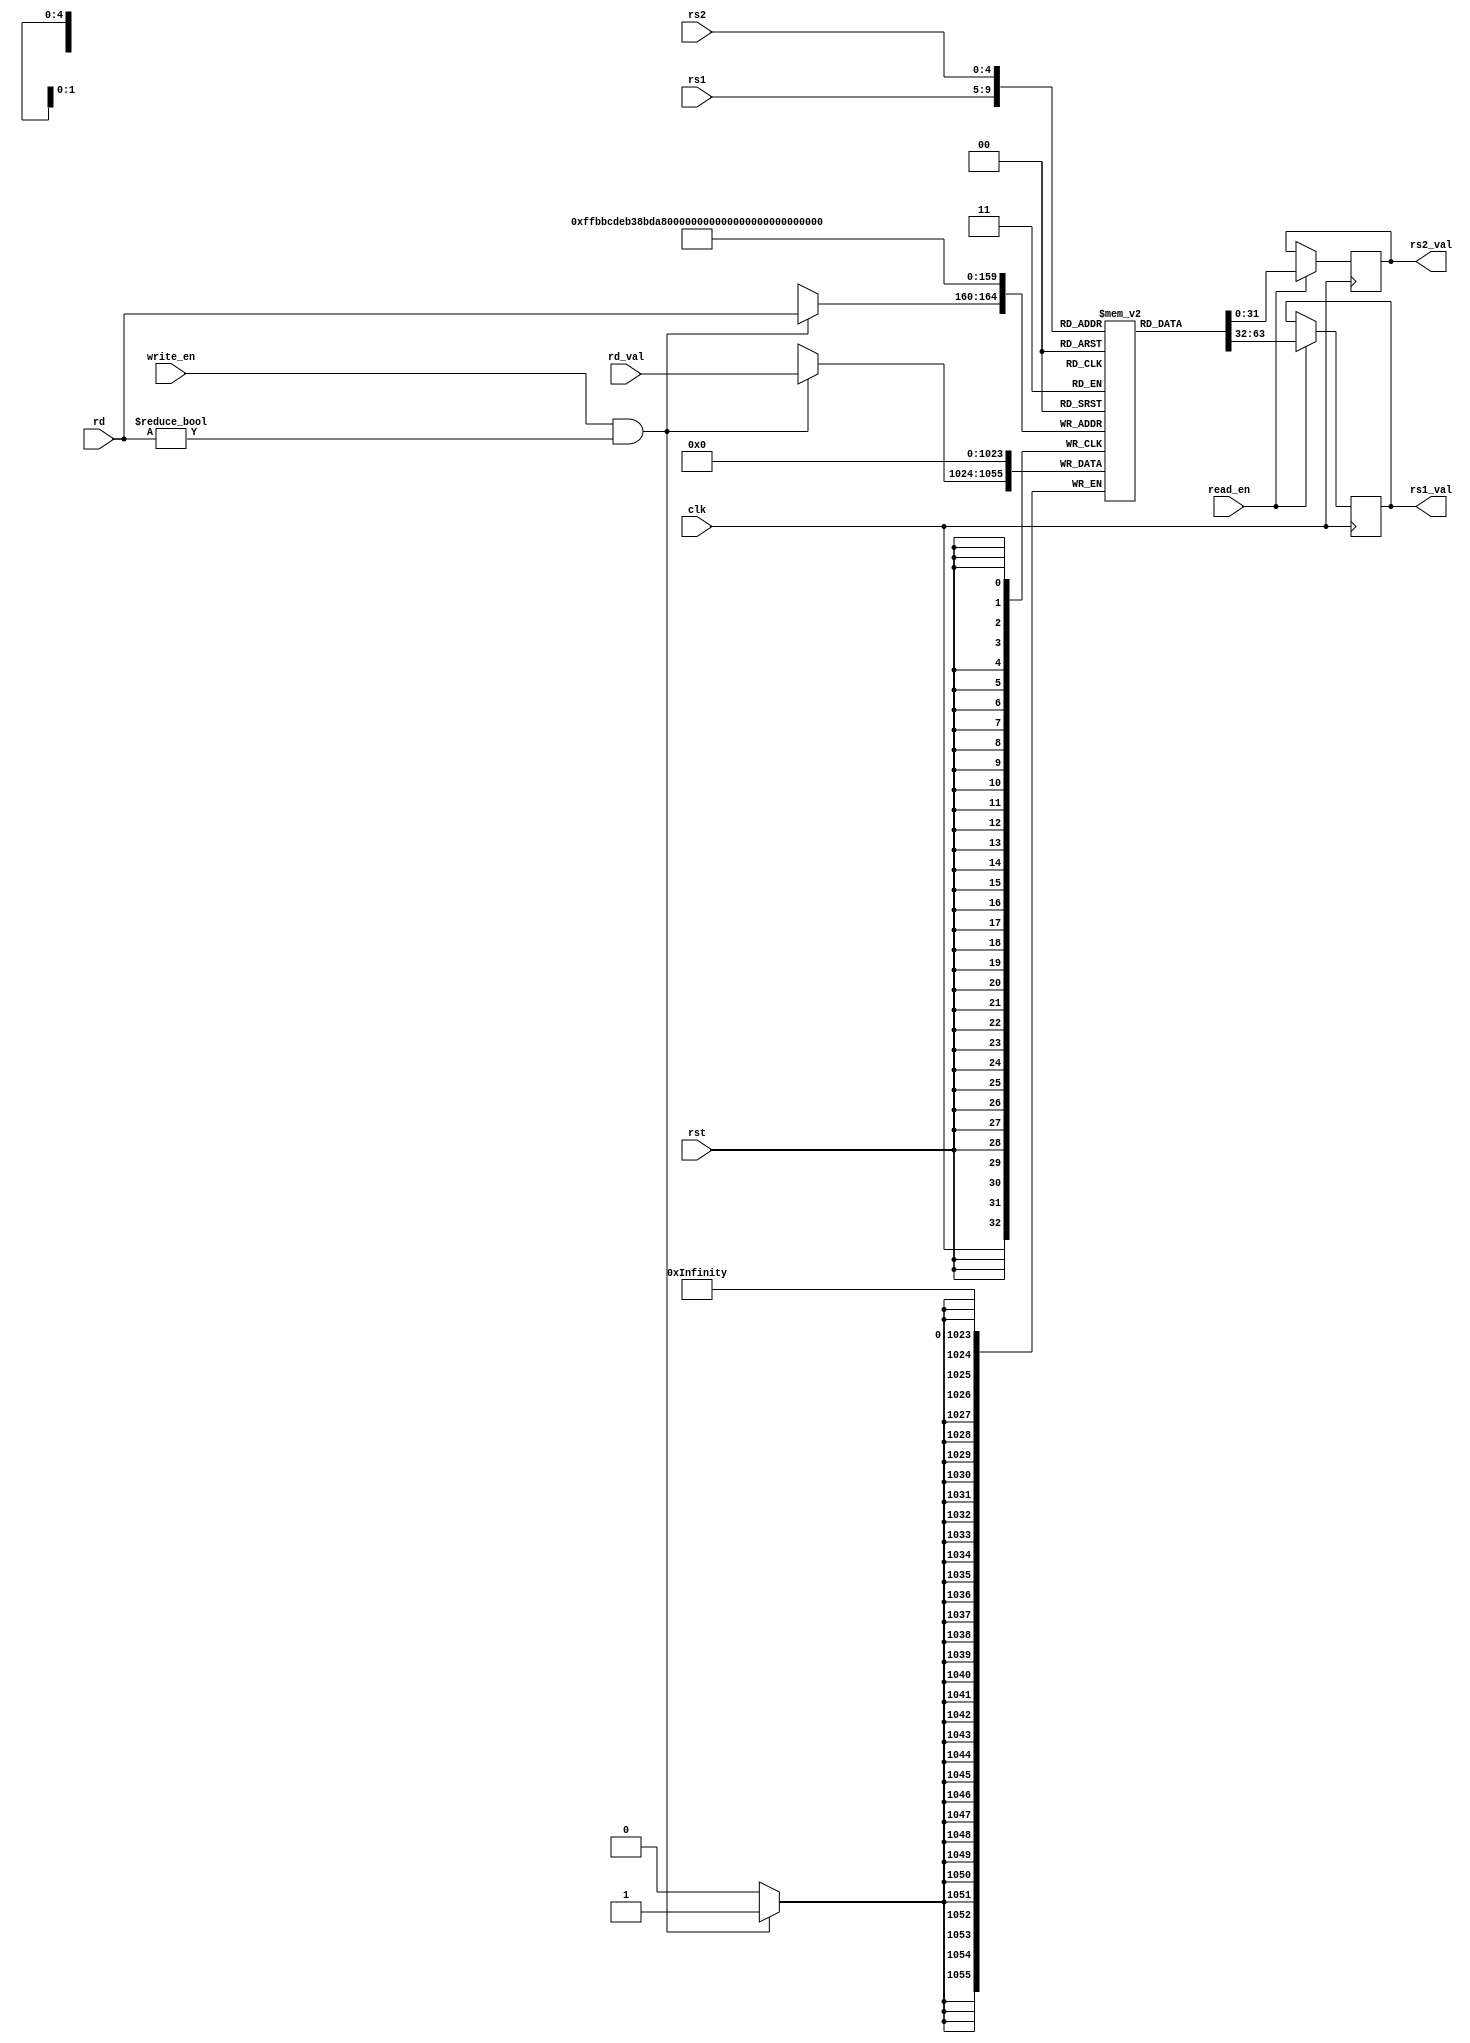
module regfile (
	input clk,
	input read_en,
	input rst,

	input [4:0] rs1,
	input [4:0] rs2,
	output reg [XLEN - 1:0] rs1_val,
	output reg [XLEN - 1:0] rs2_val,
	
	input write_en,
	input [4:0] rd,
	input [XLEN - 1:0] rd_val
	);
	parameter XLEN = 32;
	
	reg [XLEN - 1:0] reg_array[31:0];
	
	task set_zero;
		integer i;
		for (i = 0; i < 32; i++) begin
			reg_array[i] <= 32'h0;
		end
	endtask

	always @(negedge clk) begin // reads happen half a clock after writes to avoid hazards
		if (read_en) begin
			rs1_val <= reg_array[rs1];
			rs2_val <= reg_array[rs2];
		end
	end

	always @(posedge clk) begin
		if (write_en && rd != 5'b0) begin
			reg_array[rd] <= rd_val;
		end
	end

	always @(posedge rst) begin
		set_zero;
	end
	
endmodule